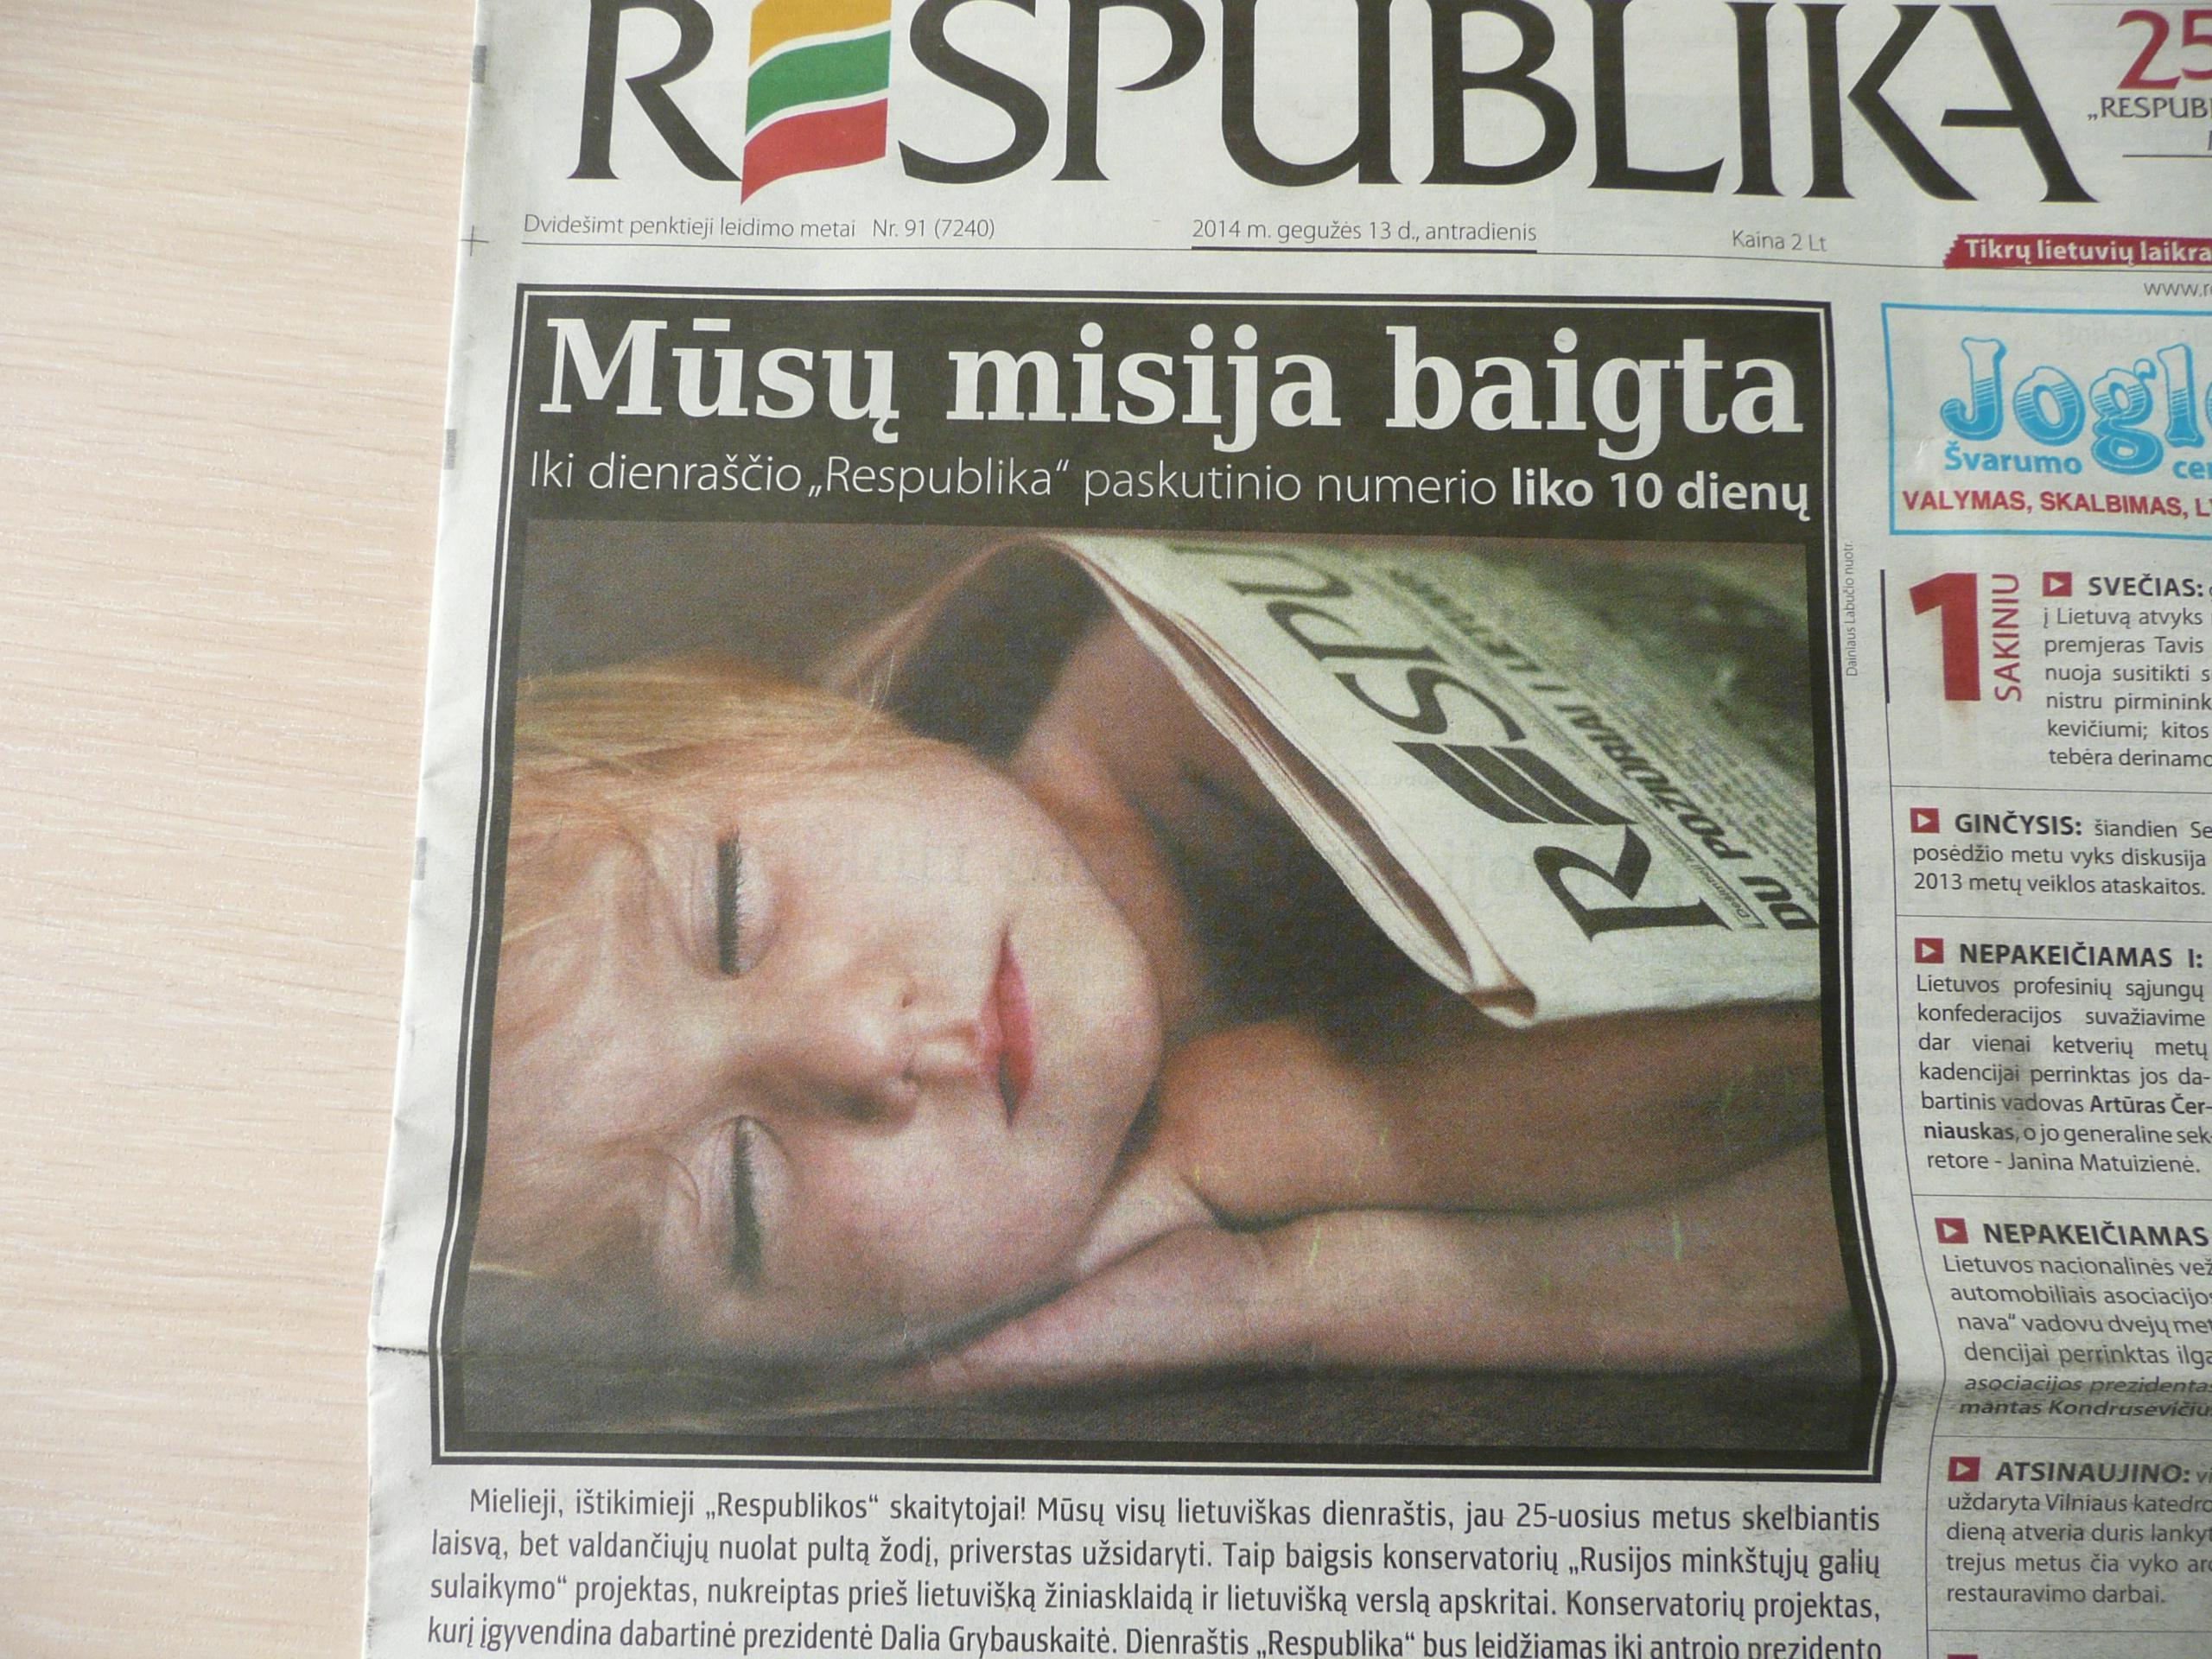
Language: lt